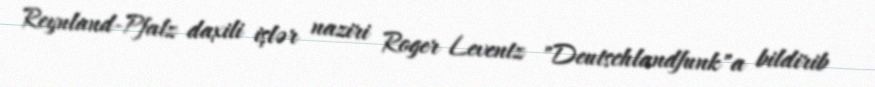
Reynland-Pfalz daxili işlər naziri Roger Leventz "Deutschlandfunk"a bildirib